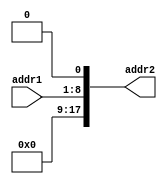
module AddressMapper_8_to_18(
		input[7:0] addr1,
		output [17:0] addr2);
	assign addr2 = (addr1) << 1 ;
endmodule